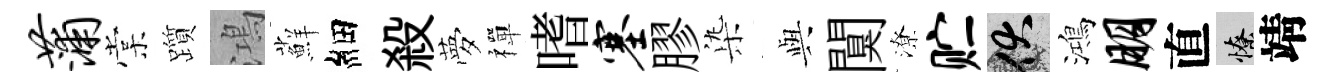
蒲棠躓鴻蘚細殺夢禪嗜塞膠𣑱𫤰闃潦贮伏鴻朋直憭靖